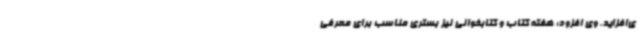
ی‌افزاید. وی افزود: هفته کتاب و کتابخوانی نیز بستری مناسب برای معرفی